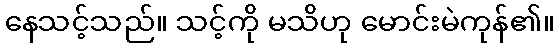
နေသင့်သည်။ သင့်ကို မသိဟု မောင်းမဲကုန်၏။